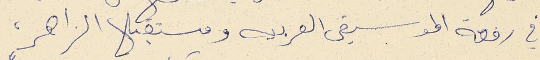
في رفعة الموسيقى العربيه ومستقبلها الراهن